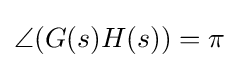
\angle (G(s)H(s))=\pi